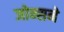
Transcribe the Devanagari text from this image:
जोन्सने